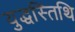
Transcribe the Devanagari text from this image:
युद्धस्तिथि